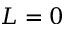
L = 0